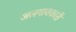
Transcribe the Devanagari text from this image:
अलगावकारी